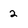
Character: 2